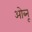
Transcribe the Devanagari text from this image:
ओब्नू